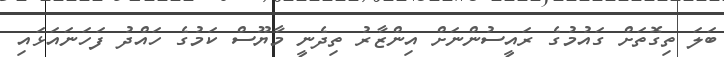
ބަލަ ތިގޮތަށް ގައުމުގެ ރައީސުންނަށް އިންޒާރު ތިދެނީ މާޔޫސް ކަމުގެ ހައްދު ފަހަނައަޅައި